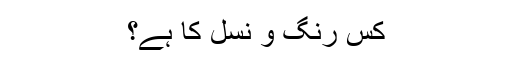
کس رنگ و نسل کا ہے؟